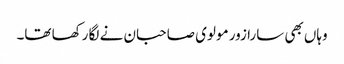
وہاں بھی سارا زور مولوی صاحبان نے لگا رکھا تھا۔